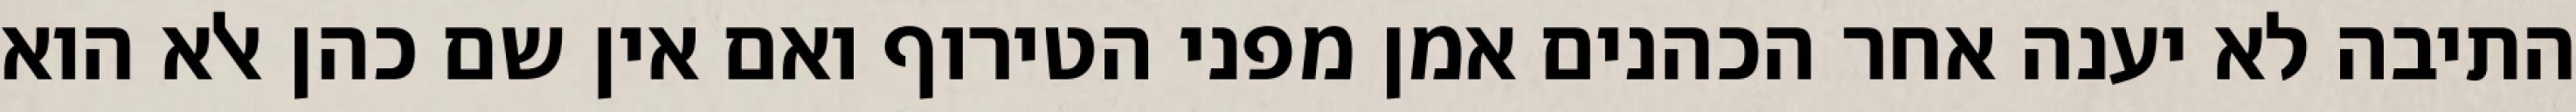
התיבה לא יענה אחר הכהנים אמן מפני הטירוף ואם אין שם כהן אלא הוא